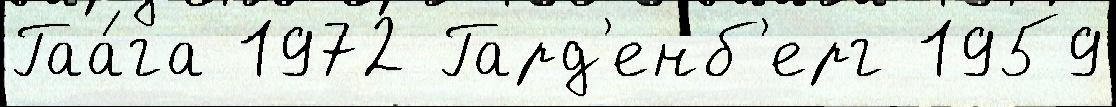
Гаа́га 1972 Гард'енб'ерг 1959